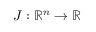
J : \mathbb { R } ^ { n } \rightarrow \mathbb { R }